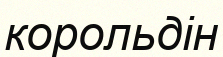
корольдін